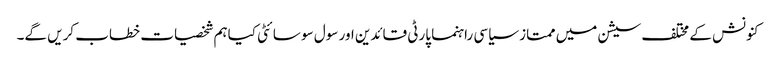
کنونش کے مختلف سیشن میں ممتاز سیاسی راہنما پارٹی قائدین اور سول سو سائٹی کیاہم شخصیات خطاب کریں گے۔